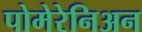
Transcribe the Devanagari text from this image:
पोमेरेनिअन